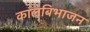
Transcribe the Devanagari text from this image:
कालबिभाजन